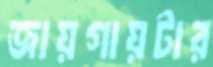
জায়গায়টার